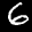
Label: 6